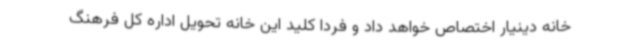
خانه دینیار اختصاص خواهد داد و فردا کلید این خانه تحویل اداره کل فرهنگ